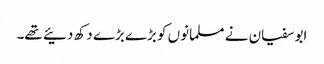
ابو سفیان نے مسلمانوں کو بڑے بڑے دکھ دئیے تھے۔